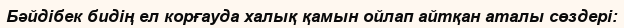
Бәйдібек бидің ел корғауда халық қамын ойлап айтқан аталы сөздері: